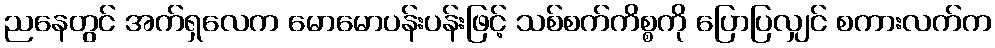
ညနေတွင် အက်ရှလေက မောမောပန်းပန်းဖြင့် သစ်စက်ကိစ္စကို ပြောပြလျှင် စကားလက်က